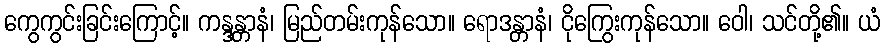
ကွေကွင်းခြင်းကြောင့်။ ကန္ဒန္တာနံ၊ မြည်တမ်းကုန်သော။ ရောဒန္တာနံ၊ ငိုကြွေးကုန်သော။ ဝေါ၊ သင်တို့၏။ ယံ